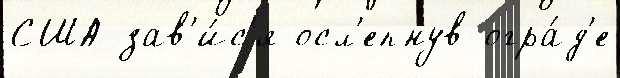
США зав'и́с'я осл'епнув огра́д'е